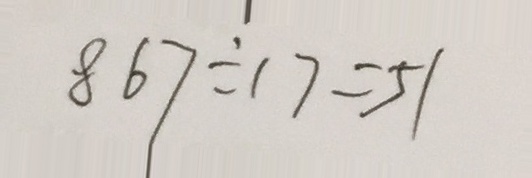
8 6 7 \div 1 7 = 5 1